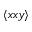
\langle x x y \rangle